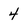
Character: 4